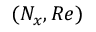
( N _ { x } , R e )